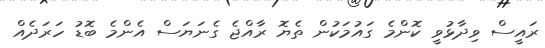
ރައީސް ވިދާޅުވީ ކޮންމެ ގައުމަކުން ތެޔޮ ރާއްޖެ ގެނަޔަސް އެންމެ ބޮޑު ހަރަދެއް